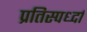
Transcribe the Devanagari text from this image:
प्रतिस्पर्ध्दा